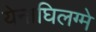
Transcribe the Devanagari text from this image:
येनाघिलग्मे